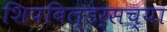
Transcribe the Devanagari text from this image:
शिपबिल्डर्सच्या